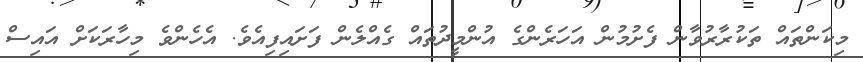
މިކަންތައް ތަކުރާރުވާން ފެށުމުން އަހަރެންގެ އުންމީދުތައް ގެއްލެން ފަށައިފިއެވެ. އެހެންވެ މިހާރަކަށް އައިސް